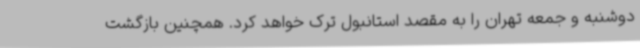
دوشنبه و جمعه تهران را به مقصد استانبول ترک خواهد کرد. همچنین بازگشت